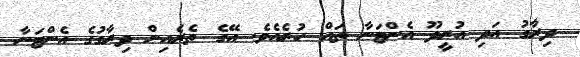
ދިރާގު އަދި އުރީދޫ އެންޓަނާ ތައް ހުރެއެވެ. އޭގެ ތެރެއިން ދިރާގުގެ އެންޓަނާ